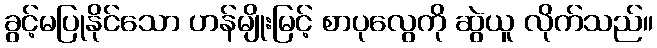
ခွင့်မပြုနိုင်သော ဟန်မျိုးမြင့် စာပုလွေကို ဆွဲယူ လိုက်သည်။